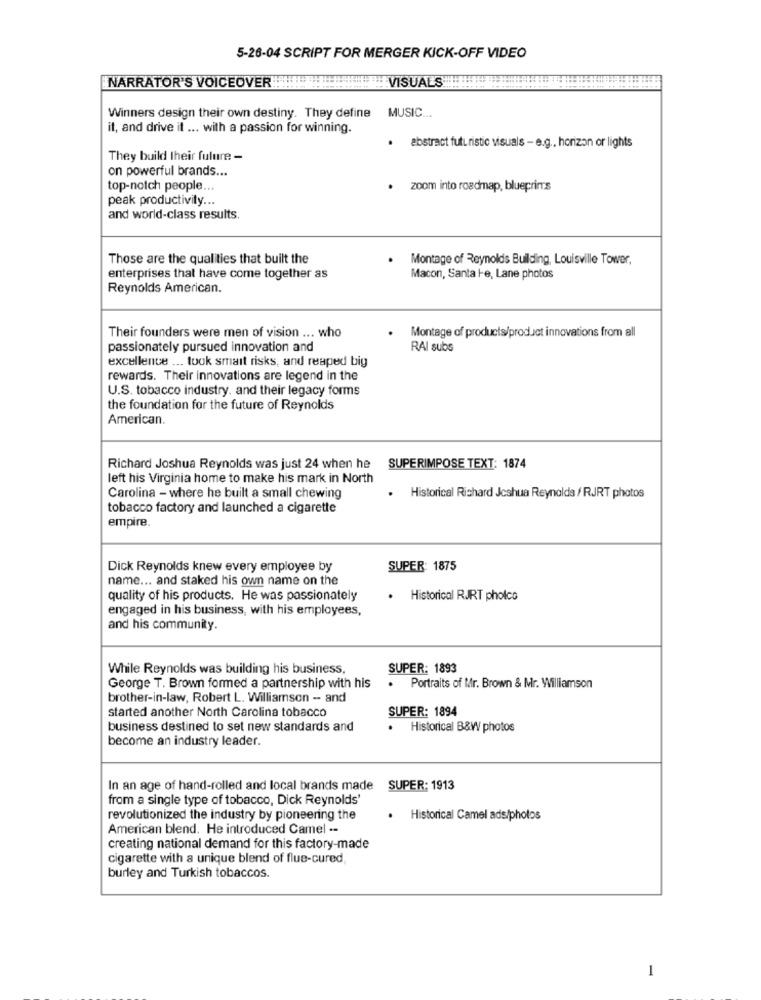
5-26-04 SCRIPT FOR MERGER KICK-OFF VIDEO
NARRATOR'S VOICEOVER
VISUALS !!
Winners design their own destiny. They define MUSIC ...
it, and drive it ... with a passion for winning.
. abstract futuristic visuals - e.g ., horizon or lights
They build their future -
on powerful brands ...
top-notch people ...
. zoom into roadmap, blueprims
peak productivity ...
and world-class results.
Those are the qualities that built the
. Montage of Reynolds Building, Louisville Tower,
enterprises that have come together as
Macon, Santa He, Lane photos
Reynolds American.
Montage of products/product innovations from all
Their founders were men of vision ... who
passionately pursued innovation and
RAI subs
excellence ... took smart risks, and reaped big
rewards. Their innovations are legend in the
U.S. tobacco industry. and their legacy forms
the foundation for the future of Reynolds
American.
Richard Joshua Reynolds was just 24 when he
SUPERIMPOSE TEXT: 1874
left his Virginia home to make his mark in North
Carolina - where he built a small chewing
Historical Richard Joshua Reynolds / RJRT photos
tobacco factory and launched a cigarette
empire.
Dick Reynolds knew every employee by
SUPER: 1875
name ... and staked his own name on the
quality of his products. He was passionately
. Historical RJRT pholco
engaged in his business, with his employees,
and his community.
While Reynolds was building his business,
SUPER: 1893
George T. Brown formed a partnership with his
.
Portraits of Mr. Brown & Mr. Williamson
brother-in-law, Robert L. Williamson - and
started another North Carolina tobacco
SUPER: 1894
business destined to set new standards and
Historical B&W photos
become an industry leader.
In an age of hand-rolled and local brands made
SUPER: 1913
from a single type of tobacco, Dick Reynolds'
revolutionized the industry by pioneering the
. Historical Camel ads/photos
American blend. He introduced Camel --
creating national demand for this factory-made
cigarette with a unique blend of flue-cured,
burley and Turkish tobaccos.
1